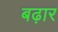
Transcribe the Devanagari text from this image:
बढ़ार